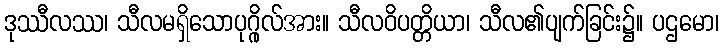
ဒုဿီလဿ၊ သီလမရှိသောပုဂ္ဂိုလ်အား။ သီလဝိပတ္တိယာ၊ သီလ၏ပျက်ခြင်း၌။ ပဌမော၊